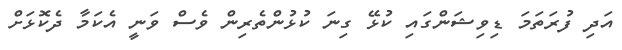
އަދި ފުރަތަމަ ޑިވިޝަންގައި ކުޅޭ ގިނަ ކުޅުންތެރިން ވެސް ވަނީ އެކަމާ ދެކޮޅަށް